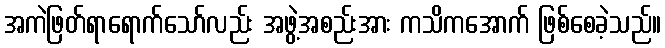
အကဲဖြတ်ရာရောက်သော်လည်း အဖွဲ့အစည်းအား ကသိကအောက် ဖြစ်စေခဲ့သည်။